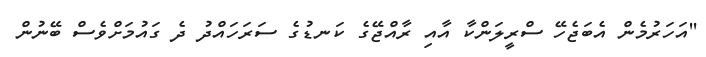
''އަހަރުމެން އެބަޖެހޭ ސްރީލަންކާ އާއި ރާއްޖޭގެ ކަނޑުގެ ސަރަހައްދު ދެ ގައުމަށްވެސް ބޭނުން